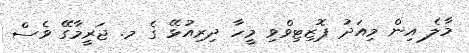
މާލެ އިން މިއަދު ޕޮޒިޓިވްވި މީހާ ދިރިއުޅޭ ގެ މ. ޖަރީމާގޭ ވެސް